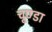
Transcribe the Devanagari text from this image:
चूण्डा